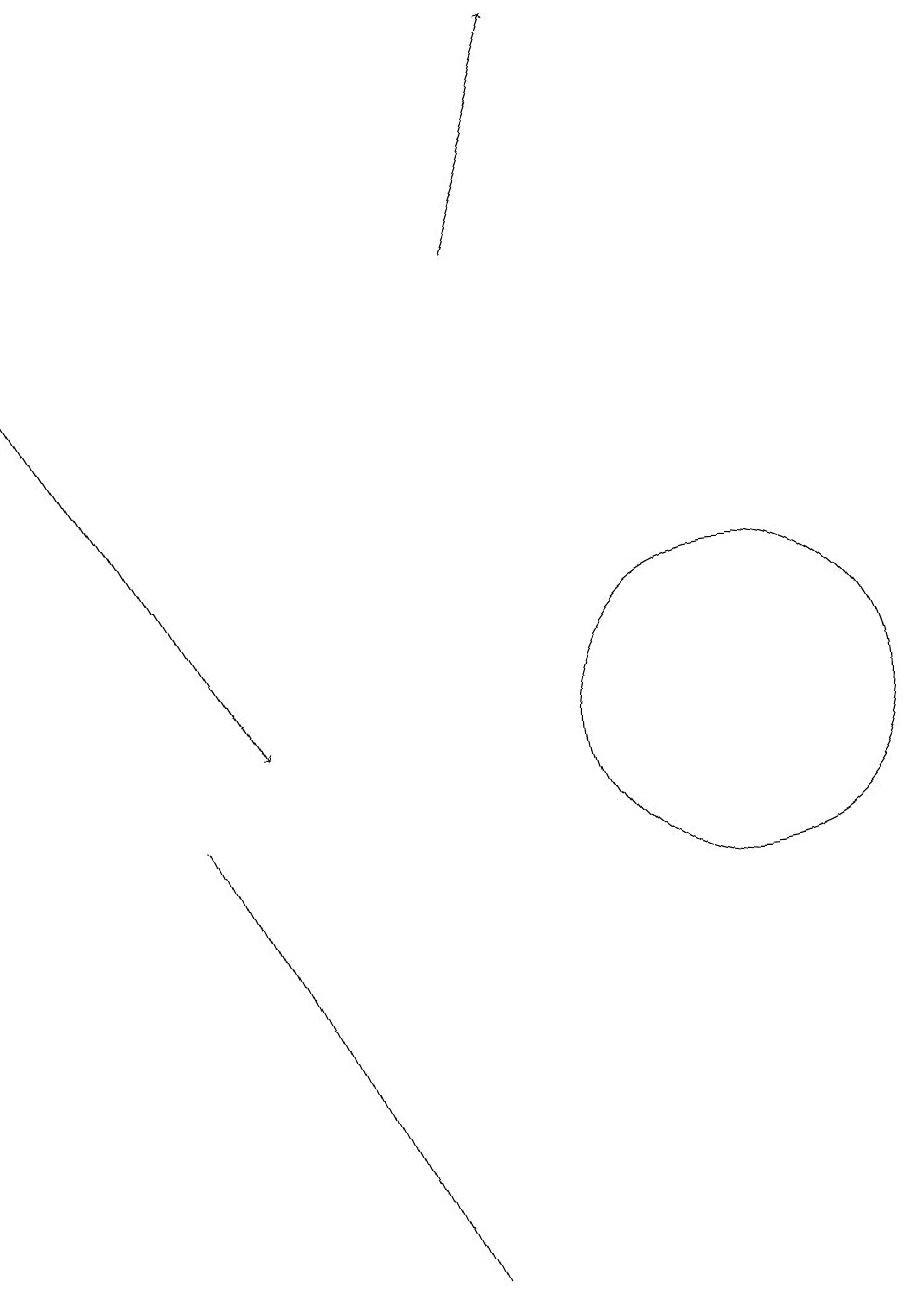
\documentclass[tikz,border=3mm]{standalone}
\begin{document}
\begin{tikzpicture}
\draw (7,3) -- (4,9) -- (4,9) -- cycle;
\draw (11,10) circle (2);
\draw[->] (8,16) -- (9,19);
\draw[->] (2,15) -- (5,10);
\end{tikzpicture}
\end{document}